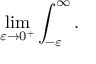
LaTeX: \operatorname* { l i m } _ { \varepsilon \rightarrow 0 ^ { + } } \int _ { - \varepsilon } ^ { \infty } .